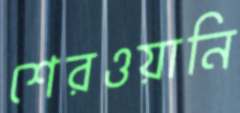
শেরওয়ানি